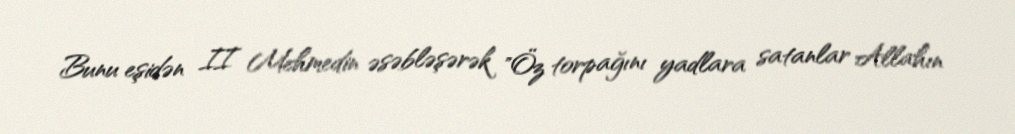
Bunu eşidən II Mehmedin əsəbləşərək "Öz torpağını yadlara satanlar Allahın